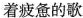
着疲惫的歌